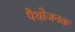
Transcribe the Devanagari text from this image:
पैथोजनक